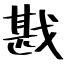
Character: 戡